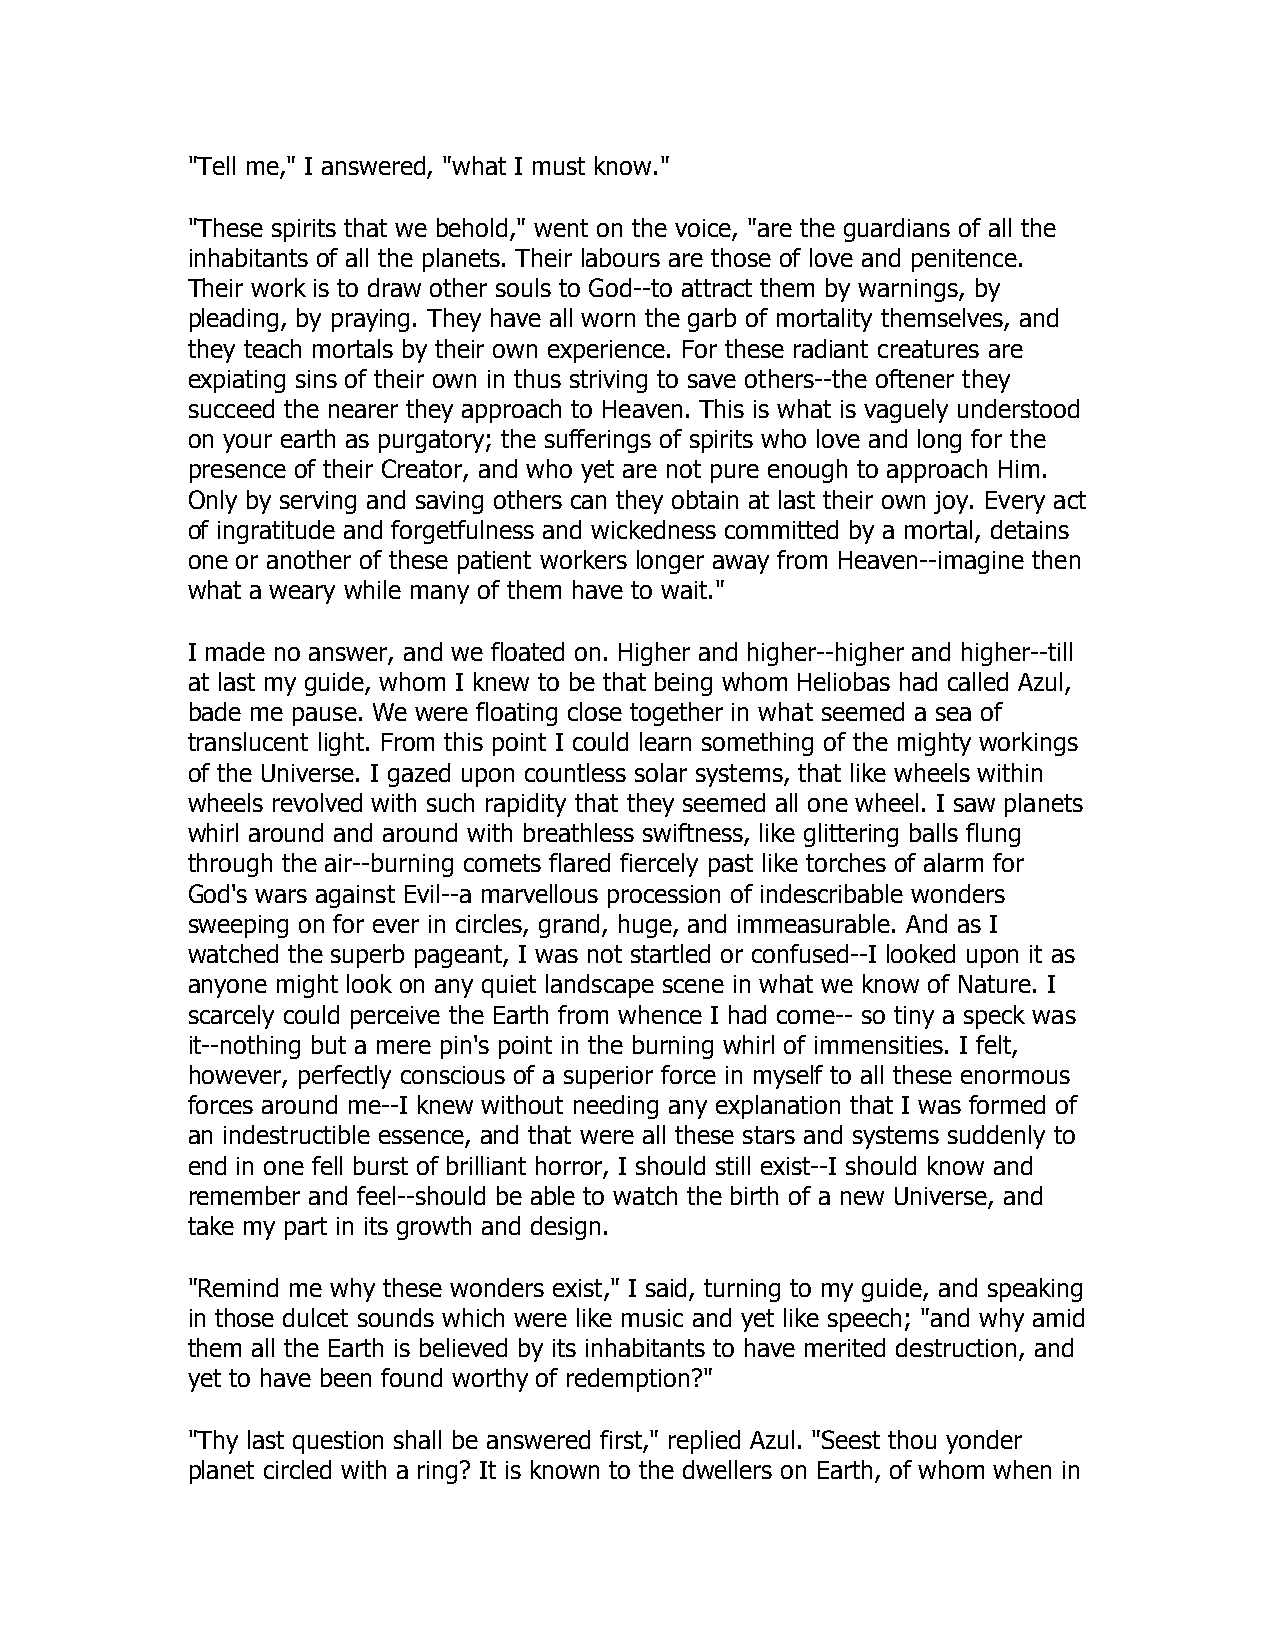
"Tell me," I answered, "what I must know."
 "These spirits that we behold," went on the voice, "are the guardians of all the
 inhabitants of all the planets. Their labours are those of love and penitence.
 Their work is to draw other souls to God--to attract them by warnings, by
 pleading, by praying. They have all worn the garb of mortality themselves, and
 they teach mortals by their own experience. For these radiant creatures are
 expiating sins of their own in thus striving to save others--the oftener they
 succeed the nearer they approach to Heaven. This is what is vaguely understood
 on your earth as purgatory; the sufferings of spirits who love and long for the
 presence of their Creator, and who yet are not pure enough to approach Him.
 Only by serving and saving others can they obtain at last their own joy. Every act
 of ingratitude and forgetfulness and wickedness committed by a mortal, detains
 one or another of these patient workers longer away from Heaven--imagine then
 what a weary while many of them have to wait."
 I made no answer, and we floated on. Higher and higher--higher and higher--till
 at last my guide, whom I knew to be that being whom Heliobas had called Azul,
 bade me pause. We were floating close together in what seemed a sea of
 translucent light. From this point I could learn something of the mighty workings
 of the Universe. I gazed upon countless solar systems, that like wheels within
 wheels revolved with such rapidity that they seemed all one wheel. I saw planets
 whirl around and around with breathless swiftness, like glittering balls flung
 through the air--burning comets flared fiercely past like torches of alarm for
 God's wars against Evil--a marvellous procession of indescribable wonders
 sweeping on for ever in circles, grand, huge, and immeasurable. And as I
 watched the superb pageant, I was not startled or confused--I looked upon it as
 anyone might look on any quiet landscape scene in what we know of Nature. I
 scarcely could perceive the Earth from whence I had come-- so tiny a speck was
 it--nothing but a mere pin's point in the burning whirl of immensities. I felt,
 however, perfectly conscious of a superior force in myself to all these enormous
 forces around me--I knew without needing any explanation that I was formed of
 an indestructible essence, and that were all these stars and systems suddenly to
 end in one fell burst of brilliant horror, I should still exist--I should know and
 remember and feel--should be able to watch the birth of a new Universe, and
 take my part in its growth and design.
 "Remind me why these wonders exist," I said, turning to my guide, and speaking
 in those dulcet sounds which were like music and yet like speech; "and why amid
 them all the Earth is believed by its inhabitants to have merited destruction, and
 yet to have been found worthy of redemption?"
 "Thy last question shall be answered first," replied Azul. "Seest thou yonder
 planet circled with a ring? It is known to the dwellers on Earth, of whom when in